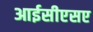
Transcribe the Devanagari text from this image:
आईसीएसए